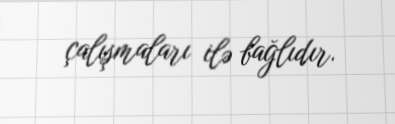
çalışmaları ilə bağlıdır.